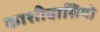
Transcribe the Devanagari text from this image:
काशीवासियो